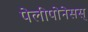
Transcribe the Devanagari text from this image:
पेलीपोनेसस्‌